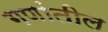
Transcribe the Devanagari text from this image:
गणांतील